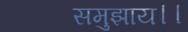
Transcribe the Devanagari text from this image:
समुझाय।।